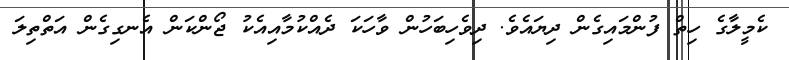
ކެމީލާގެ ހިތް ފުންމައިގެން ދިޔައެވެ. ދިވެހިބަހުން ވާހަކަ ދެއްކުމާއިއެކު ޖޯންކަން އެނގިގެން އަތްތިލަ